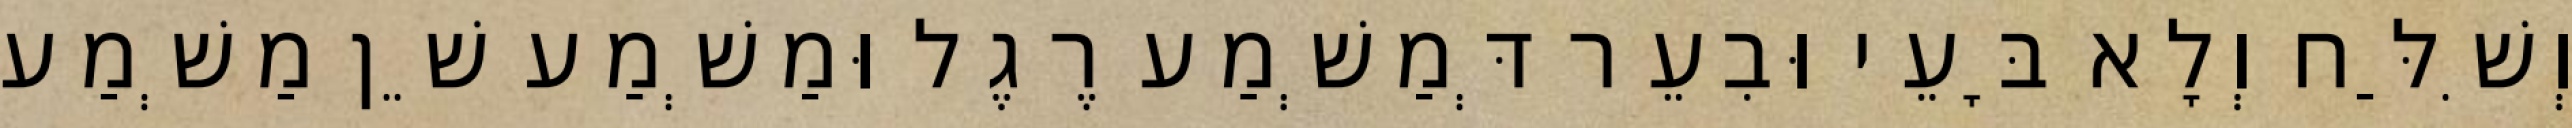
וְשִׁלַּח וְלָא בָּעֵי וּבִעֵר דְּמַשְׁמַע רֶגֶל וּמַשְׁמַע שֵׁן מַשְׁמַע